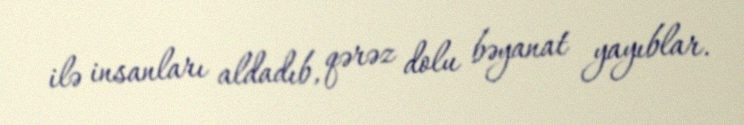
ilə insanları aldadıb, qərəz dolu bəyanat yayıblar.